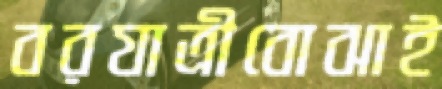
বরযাত্রীবোঝাই